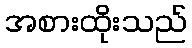
အစားထိုးသည်